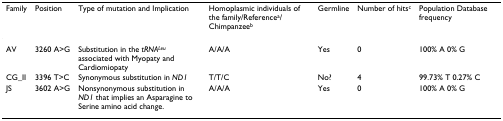
<table><thead><tr><td><b>Family</b></td><td><b>Position</b></td><td><b>Type of mutation and Implication</b></td><td><b>Homoplasmic individuals of the family/Reference<sup>a</sup>/Chimpanzee<sup>b</sup></b></td><td><b>Germline</b></td><td><b>Number of hits<sup>c</sup></b></td><td><b>Population Database frequency</b></td></tr></thead><tbody><tr><td>AV</td><td>3260 A&gt;G</td><td>Substitution in the <i>tRNA</i><sup><i>Leu </i></sup>associated with Myopaty and Cardiomiopaty</td><td>A/A/A</td><td>Yes</td><td>0</td><td>100% A 0% G</td></tr><tr><td>CG_II</td><td>3396 T&gt;C</td><td>Synonymous substitution in <i>ND1</i></td><td>T/T/C</td><td>No?</td><td>4</td><td>99.73% T 0.27% C</td></tr><tr><td>JS</td><td>3602 A&gt;G</td><td>Nonsynonymous substitution in <i>ND1 </i>that implies an Asparagine to Serine amino acid change.</td><td>A/A/A</td><td>Yes</td><td>0</td><td>100% A 0% G</td></tr></tbody></table>